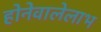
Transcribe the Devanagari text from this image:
होनेवालेलाभ